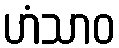
ဟံသာဝ